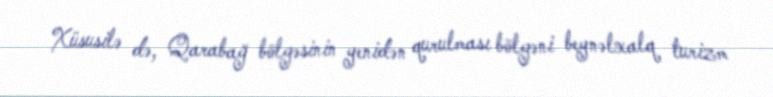
Xüsusilə də, Qarabağ bölgəsinin yenidən qurulması bölgəni beynəlxalq turizm